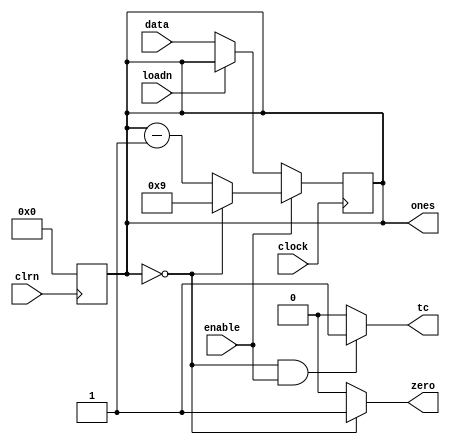
module counterm10(data, loadn, clrn, clock, enable, ones, tc, zero);

input loadn, clrn, clock, enable;
input [3:0] data;

output [3:0] ones;
output tc, zero;

reg [3:0] atual;
assign ones = atual;

assign zero = (atual == 1'b0) ? 1 : 0;
assign tc = ((atual == 1'b0) & enable) ? 1 : 0;

always @(posedge clock) begin
  if (enable == 1'b1) begin
    if (atual == 4'b0000) begin
      atual <= 4'b1001;
    end
    else begin
      atual <= atual - 1;
    end
  end
  else begin
    if (loadn == 1'b0) begin
      atual <= data;
    end
  end
end

always @(negedge clrn) begin
  if (clrn == 1'b0) begin
    atual <= 4'b0000;
  end
end

endmodule